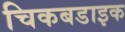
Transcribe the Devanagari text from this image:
चिकबडाइक